Indian journal of veterinary science and animal husbandry - Volume 11,
Year: 1941
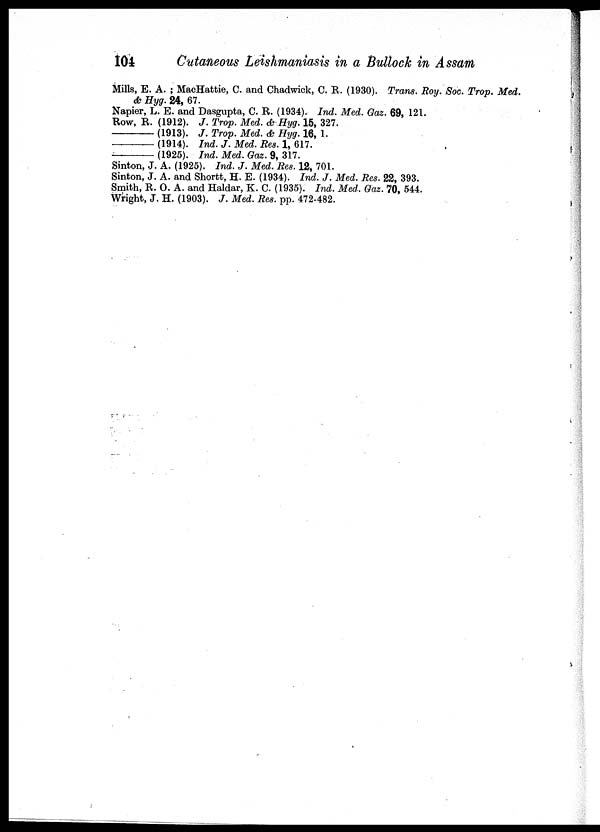
104
Cutaneous Leishmaniasis in a Bullock in Assam
Mills, E. A. ; MacHattie, C. and Chadwick, C. R. (1930). Trans. Roy. Soc. Trop. Med.
& Hyg. 24, 67.
Napier, L. E. and Dasgupta, C. R. (1934). Ind. Med. Gaz. 69, 121.
Row, R. (1912). J. Trop. Med. & Hyg. 15, 327.
—(1913).
J. Trop. Med. & Hyg. 16, 1.
—(1914).
Ind. J. Med. Res. 1, 617.
—
(1925). Ind. Med. Gaz. 9, 317.
Sinton, J. A. (1925). Ind. J. Med. Res. 12, 701.
Sinton, J. A. and Shortt, H. E. (1934). Ind. J. Med. Res. 22, 393.
Smith, R. O. A. and Haldar, K. C. (1935). Ind. Med. Gaz. 70, 544.
Wright, J. H. (1903). J. Med. Res. pp. 472-482.